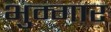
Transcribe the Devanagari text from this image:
भुम्गार